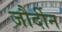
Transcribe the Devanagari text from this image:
जौर्दीन